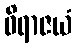
ဝိရာဇယံ